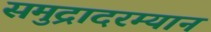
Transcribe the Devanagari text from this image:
समुद्रादरम्यान